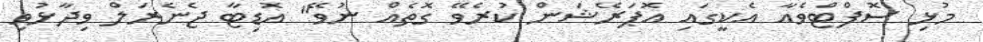
މުޅި ސޮފްޓްވެއާ އެކީގައި އޮޕަރޭޝަން ކުރެވޭ ގޮތެއް ނުވޭ" އޮޑިޓާ ޖެނެރަލް ވިދާޅުވި